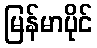
မြန်မာပိုင်